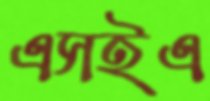
এসইএ